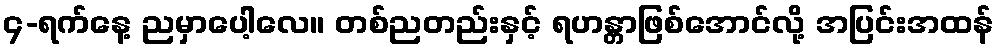
၄-ရက်နေ့ ညမှာပေါ့လေ။ တစ်ညတည်းနှင့် ရဟန္တာဖြစ်အောင်လို့ အပြင်းအထန်